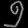
Digit: ၅